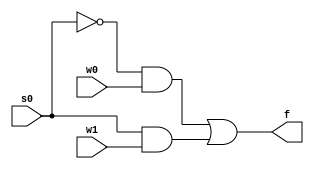
module Two_To_One_MUX(w0, w1, s0, f);
	input w0, w1, s0;
	output f;
	wire f;
	
	assign f = (!s0 & w0)|(s0 & w1);


endmodule